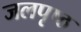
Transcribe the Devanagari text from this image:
जलपृष्ठ